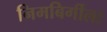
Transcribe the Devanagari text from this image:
निमबिर्गीला